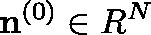
{ \bf n } ^ { ( 0 ) } \in { \boldmath R } ^ { N }